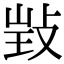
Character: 𢽃